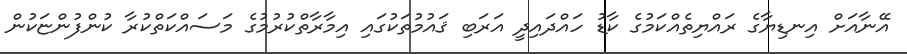
އޭނާއަށް އިނޑިޔާގެ ރައްޔިތެއްކަމުގެ ކާޑު ހައްދައިދީ އަރަބި ޤައުމުތަކުގައި އިމާރާތްކުރުމުގެ މަސައްކަތްކުރާ ކުންފުންޏަކުން